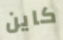
كاين